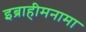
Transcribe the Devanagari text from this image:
इब्राहीमनामा